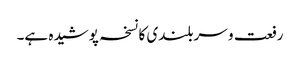
رفعت و سربلندی کا نسخہ پوشیدہ ہے۔